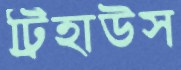
ট্রিহাউস